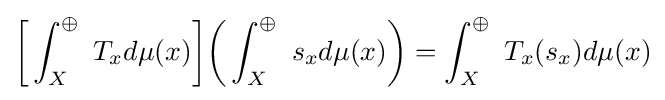
{\bigg [}\int _{X}^{\oplus }\ T_{x}d\mu (x){\bigg ]}{\bigg (}\int _{X}^{\oplus }\ s_{x}d\mu (x){\bigg )}=\int _{X}^{\oplus }\ T_{x}(s_{x})d\mu (x)